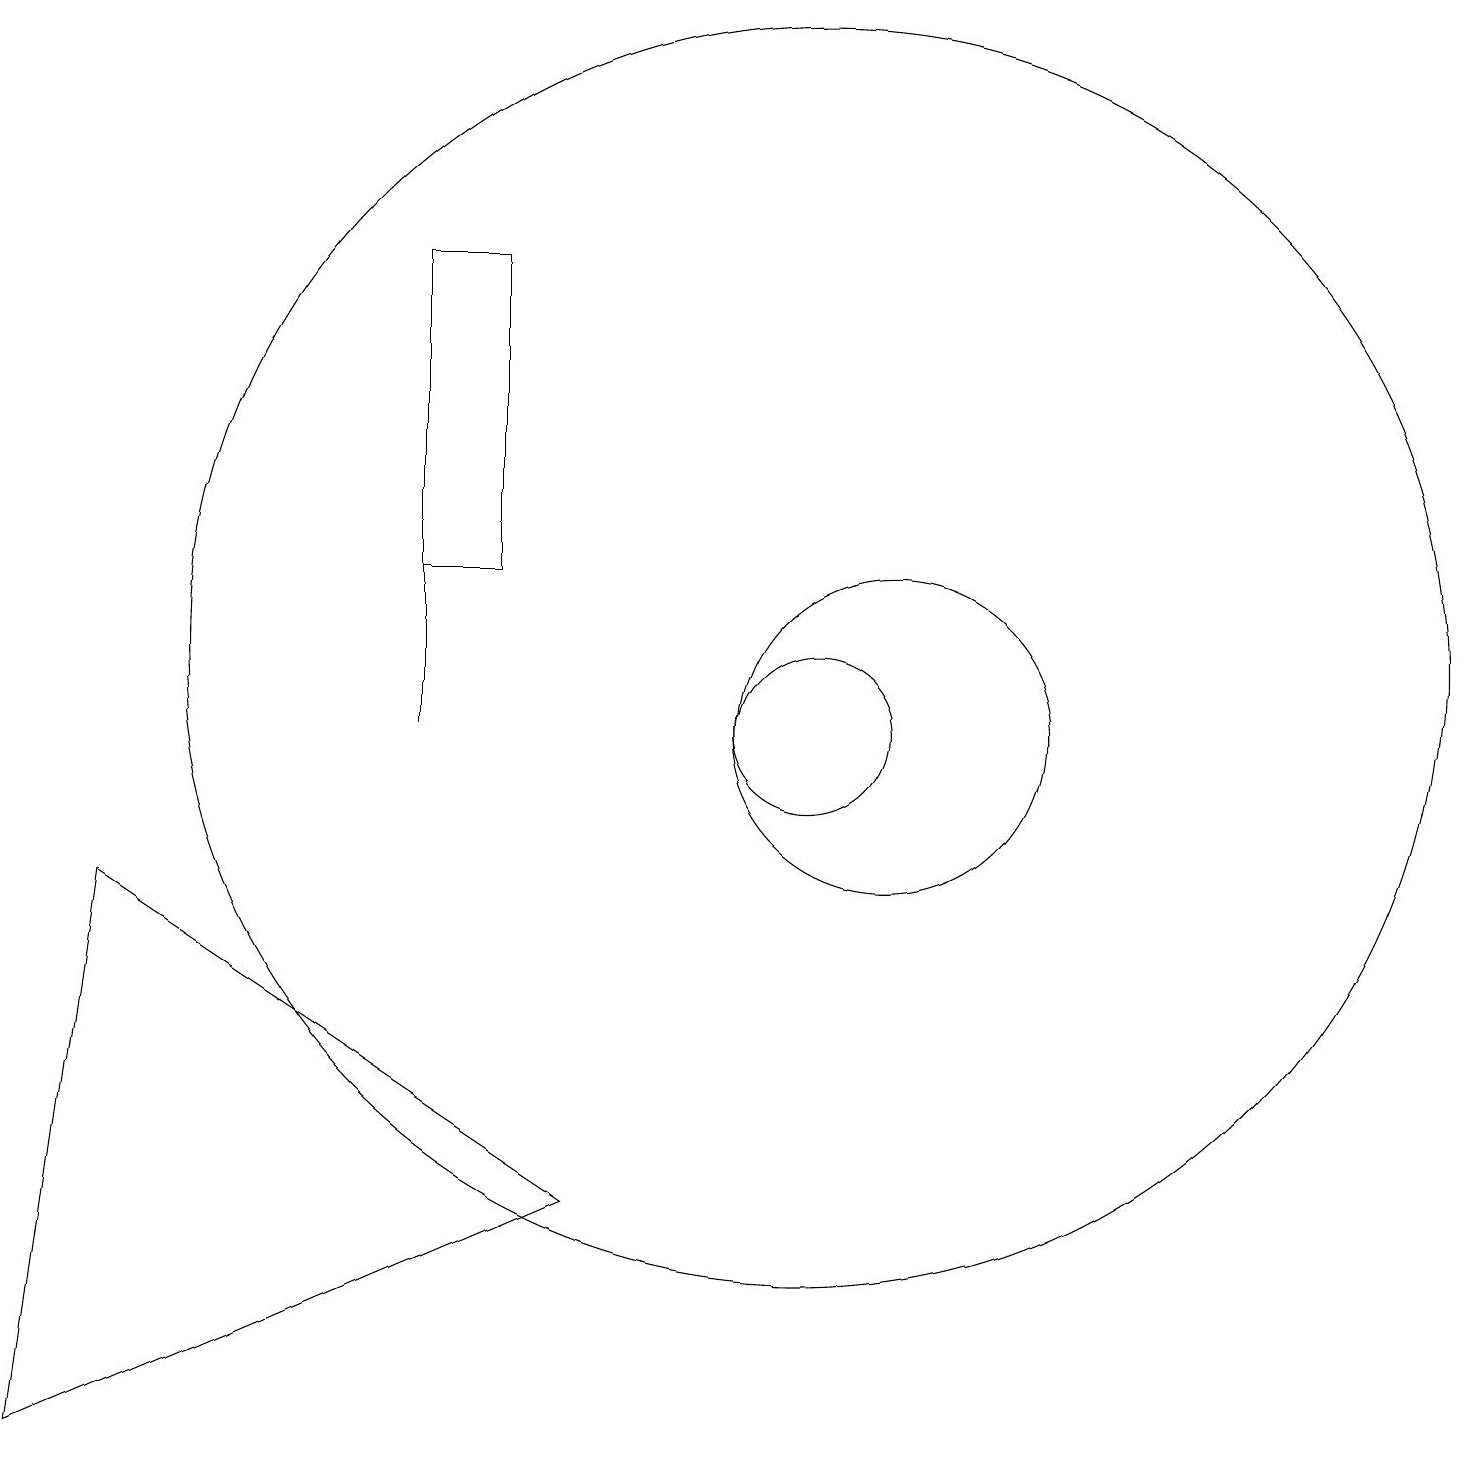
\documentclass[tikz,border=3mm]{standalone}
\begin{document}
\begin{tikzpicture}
\draw (6,17) rectangle (5,13);
\draw (10,12) circle (8);
\draw (11,11) circle (2);
\draw (0,2) -- (7,5) -- (1,9) -- cycle;
\draw (10,11) circle (1);
\draw (5,13) rectangle (5,11);
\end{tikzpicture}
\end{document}